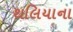
થલિયાના